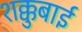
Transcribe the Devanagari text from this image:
शक्कुबाई